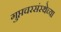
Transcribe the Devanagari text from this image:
गुप्तचरसंस्थेच्या